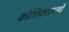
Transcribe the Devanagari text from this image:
कोशिकातत्वों